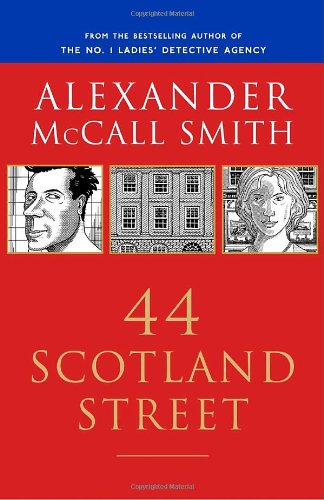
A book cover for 44 Scotland Street (44 Scotland Street Series, Book 1); Alexander McCall Smith; Literature & Fiction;